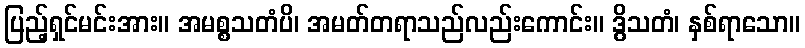
ပြည့်ရှင်မင်းအား။ အမစ္စသတံပိ၊ အမတ်တရာသည်လည်းကောင်း။ ဒွိသတံ၊ နှစ်ရာသော။